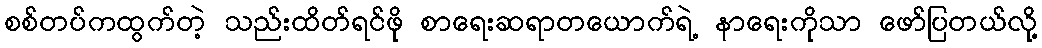
စစ်တပ်ကထွက်တဲ့ သည်းထိတ်ရင်ဖို စာရေးဆရာတယောက်ရဲ့ နာရေးကိုသာ ဖော်ပြတယ်လို့